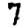
Digit: 7